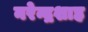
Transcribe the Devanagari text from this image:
नरेन्द्रशाह